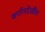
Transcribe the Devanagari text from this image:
वर्णनदेखील